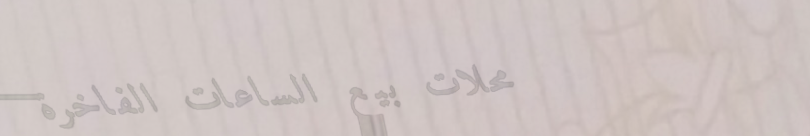
محلات بيع الساعات الفاخرة